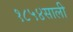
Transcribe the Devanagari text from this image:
१८५४साली